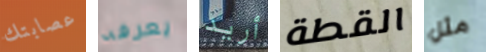
عصابتك يعرفه أريد القطة مثل